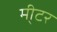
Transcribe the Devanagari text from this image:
मी्टर